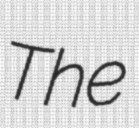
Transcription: The